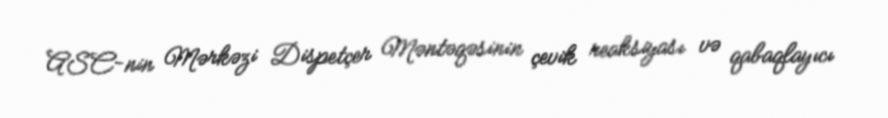
ASC-nin Mərkəzi Dispetçer Məntəqəsinin çevik reaksiyası və qabaqlayıcı